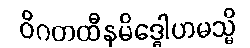
ဝိဂတထီနမိဒ္ဓေါဟမသ္မိ